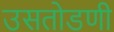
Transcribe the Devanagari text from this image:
उसतोडणी